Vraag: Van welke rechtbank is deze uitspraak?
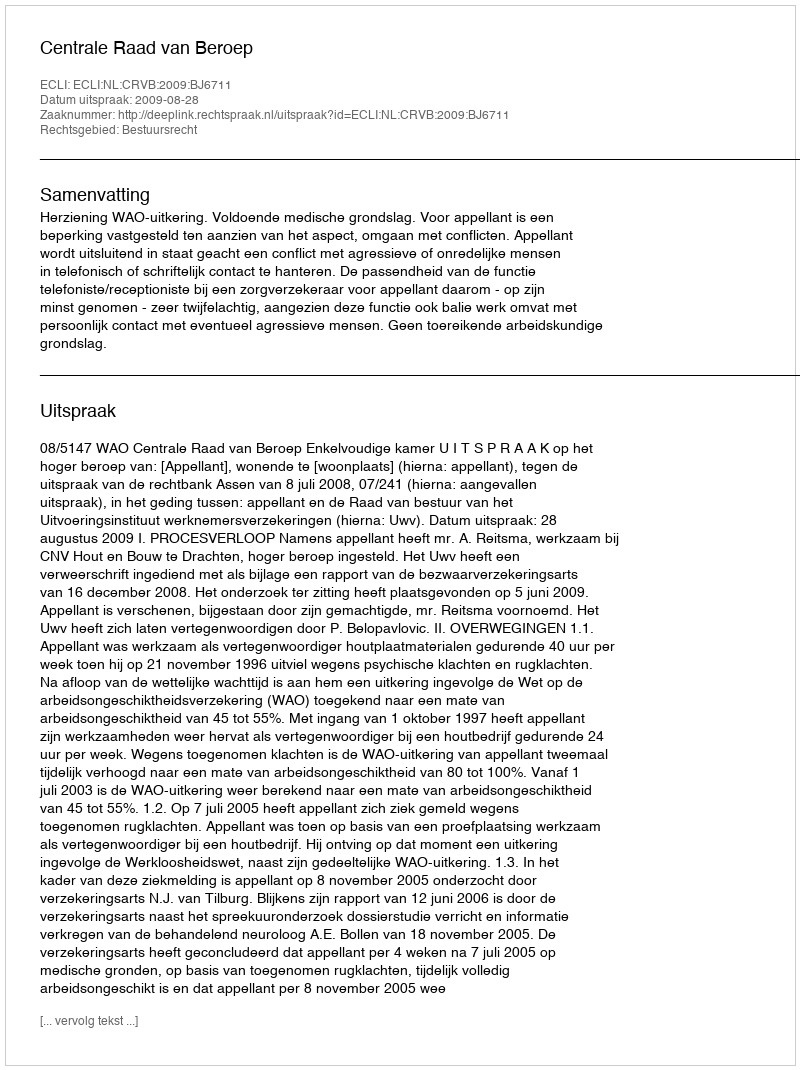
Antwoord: Centrale Raad van Beroep